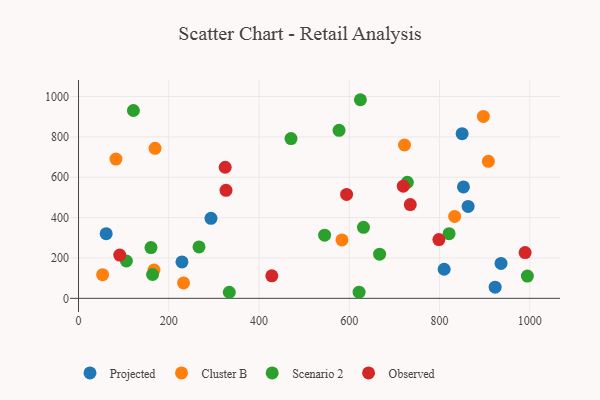
{"axis": {"x": "Distance", "y": "Salary"}, "legend": ["Cluster B", "Observed", "Projected", "Scenario 2"], "data": [{"x": "229.2", "y": 180.4, "type": "Projected"}, {"x": "810.2", "y": 144.1, "type": "Projected"}, {"x": "850.0", "y": 816.2, "type": "Projected"}, {"x": "61.3", "y": 320.3, "type": "Projected"}, {"x": "852.9", "y": 552.0, "type": "Projected"}, {"x": "923.2", "y": 55.5, "type": "Projected"}, {"x": "936.2", "y": 173.2, "type": "Projected"}, {"x": "863.3", "y": 455.6, "type": "Projected"}, {"x": "293.5", "y": 396.3, "type": "Projected"}, {"x": "583.8", "y": 289.7, "type": "Cluster B"}, {"x": "169.6", "y": 743.2, "type": "Cluster B"}, {"x": "908.2", "y": 679.0, "type": "Cluster B"}, {"x": "53.4", "y": 117.3, "type": "Cluster B"}, {"x": "722.3", "y": 759.9, "type": "Cluster B"}, {"x": "833.4", "y": 406.0, "type": "Cluster B"}, {"x": "232.7", "y": 76.5, "type": "Cluster B"}, {"x": "82.9", "y": 690.1, "type": "Cluster B"}, {"x": "897.1", "y": 901.5, "type": "Cluster B"}, {"x": "167.3", "y": 140.5, "type": "Cluster B"}, {"x": "334.1", "y": 30.0, "type": "Scenario 2"}, {"x": "106.0", "y": 185.1, "type": "Scenario 2"}, {"x": "470.8", "y": 791.7, "type": "Scenario 2"}, {"x": "994.6", "y": 110.2, "type": "Scenario 2"}, {"x": "621.7", "y": 30.3, "type": "Scenario 2"}, {"x": "164.1", "y": 118.0, "type": "Scenario 2"}, {"x": "121.6", "y": 931.0, "type": "Scenario 2"}, {"x": "821.1", "y": 320.2, "type": "Scenario 2"}, {"x": "577.3", "y": 832.4, "type": "Scenario 2"}, {"x": "267.0", "y": 255.0, "type": "Scenario 2"}, {"x": "545.3", "y": 313.0, "type": "Scenario 2"}, {"x": "667.2", "y": 218.8, "type": "Scenario 2"}, {"x": "624.6", "y": 984.3, "type": "Scenario 2"}, {"x": "631.4", "y": 351.7, "type": "Scenario 2"}, {"x": "728.6", "y": 574.9, "type": "Scenario 2"}, {"x": "160.5", "y": 251.3, "type": "Scenario 2"}, {"x": "719.6", "y": 555.6, "type": "Observed"}, {"x": "428.3", "y": 111.3, "type": "Observed"}, {"x": "735.1", "y": 464.6, "type": "Observed"}, {"x": "989.6", "y": 226.9, "type": "Observed"}, {"x": "594.0", "y": 515.1, "type": "Observed"}, {"x": "91.3", "y": 214.6, "type": "Observed"}, {"x": "325.0", "y": 649.7, "type": "Observed"}, {"x": "798.5", "y": 291.4, "type": "Observed"}, {"x": "326.8", "y": 535.4, "type": "Observed"}]}